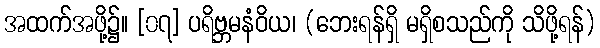
အထက်အဖို့၌။ [၀၇] ပရိဗ္ဘမနံဝိယ၊ (ဘေးရန်ရှိ မရှိစသည်ကို သိဖို့ရန်)